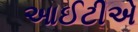
આઈટીએ